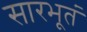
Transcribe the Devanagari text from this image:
सारभूतं